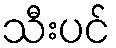
သီးပင်